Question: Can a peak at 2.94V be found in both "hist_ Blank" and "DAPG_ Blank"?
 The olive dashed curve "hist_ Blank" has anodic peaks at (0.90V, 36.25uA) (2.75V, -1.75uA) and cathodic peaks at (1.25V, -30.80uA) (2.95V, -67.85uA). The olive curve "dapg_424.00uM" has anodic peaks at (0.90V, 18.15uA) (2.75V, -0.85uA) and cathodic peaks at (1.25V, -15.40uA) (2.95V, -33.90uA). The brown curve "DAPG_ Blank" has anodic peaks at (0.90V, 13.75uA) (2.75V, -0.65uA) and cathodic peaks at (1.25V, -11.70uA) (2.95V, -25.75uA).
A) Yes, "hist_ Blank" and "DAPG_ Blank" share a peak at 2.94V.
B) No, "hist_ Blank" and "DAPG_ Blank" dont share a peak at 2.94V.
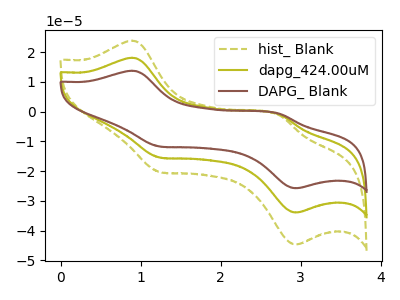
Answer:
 <answer>A) Yes, "hist_ Blank" and "DAPG_ Blank" share a peak at 2.94V.</answer>
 <eval>A</eval>